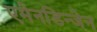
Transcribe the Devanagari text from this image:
एमेनडिन्जेन